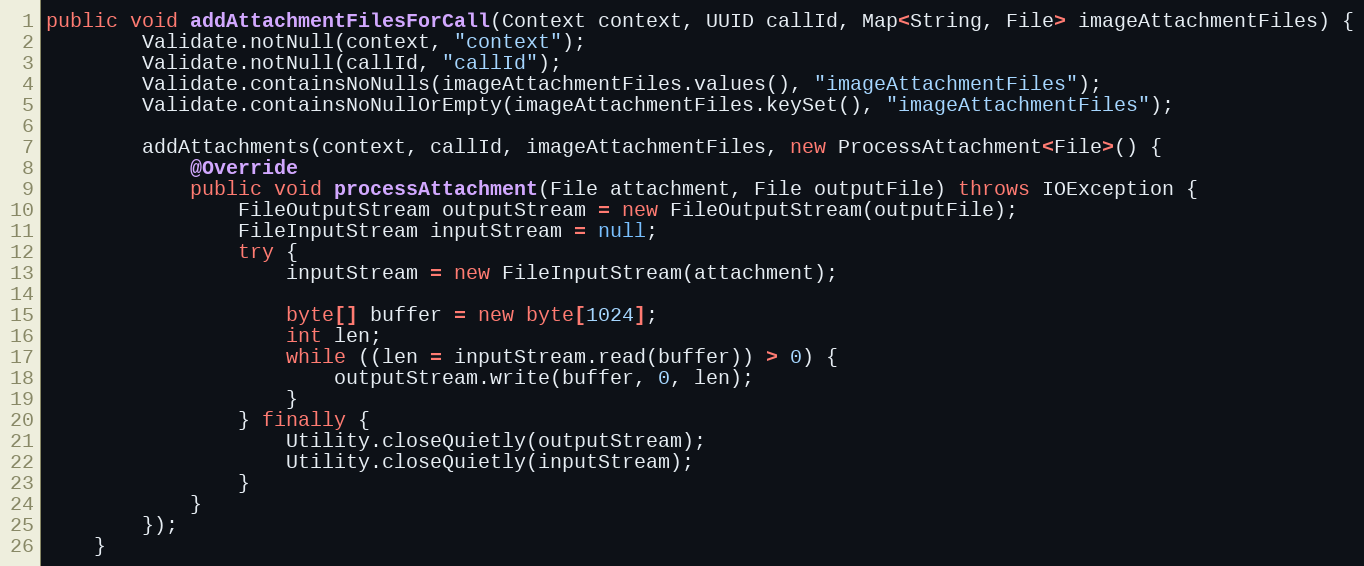
Language: Java
public void addAttachmentFilesForCall(Context context, UUID callId, Map<String, File> imageAttachmentFiles) {
        Validate.notNull(context, "context");
        Validate.notNull(callId, "callId");
        Validate.containsNoNulls(imageAttachmentFiles.values(), "imageAttachmentFiles");
        Validate.containsNoNullOrEmpty(imageAttachmentFiles.keySet(), "imageAttachmentFiles");

        addAttachments(context, callId, imageAttachmentFiles, new ProcessAttachment<File>() {
            @Override
            public void processAttachment(File attachment, File outputFile) throws IOException {
                FileOutputStream outputStream = new FileOutputStream(outputFile);
                FileInputStream inputStream = null;
                try {
                    inputStream = new FileInputStream(attachment);

                    byte[] buffer = new byte[1024];
                    int len;
                    while ((len = inputStream.read(buffer)) > 0) {
                        outputStream.write(buffer, 0, len);
                    }
                } finally {
                    Utility.closeQuietly(outputStream);
                    Utility.closeQuietly(inputStream);
                }
            }
        });
    }